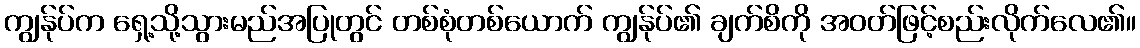
ကျွန်ုပ်က ရှေ့သို့သွားမည်အပြုတွင် တစ်စုံတစ်ယောက် ကျွန်ုပ်၏ ချက်စိကို အဝတ်ဖြင့်စည်းလိုက်လေ၏။